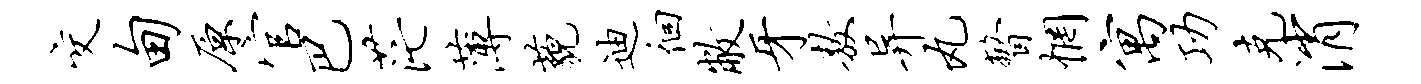
交甸原官巴茫薄藐迪徊敝牙敖异丸瞥惘寓功克消